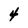
Character: 4